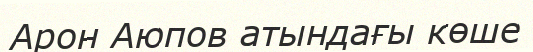
Арон Аюпов атындағы көше